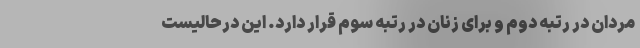
مردان در رتبه دوم و برای زنان در رتبه سوم قرار دارد. این درحالیست